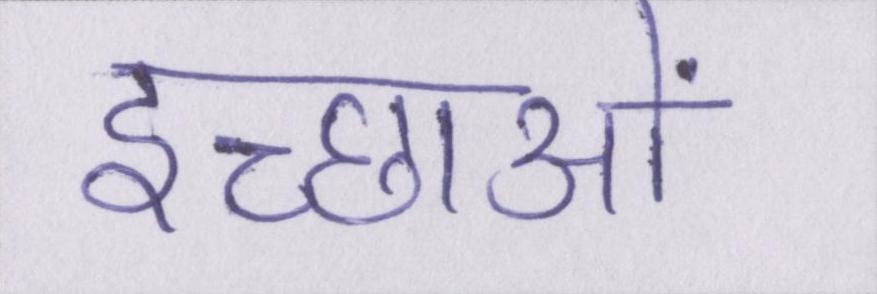
इच्छाओं